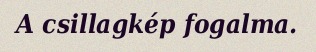
A csillagkép fogalma.